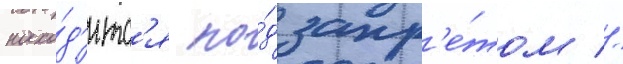
нахо́д'итс'я по́д запр'е́том //